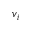
\boldsymbol { v } _ { i }